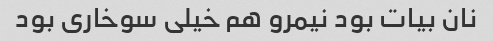
نان بیات بود نیمرو هم خیلی سوخاری بود